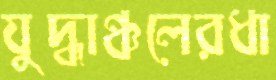
যুদ্ধাঞ্চলেরধা